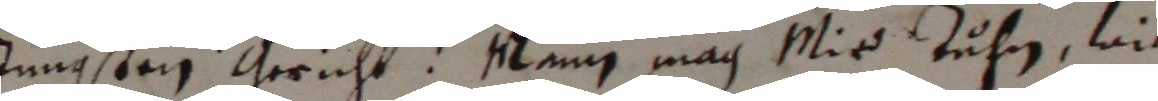
jüngsten gericht. mann mag mir tuhn, wie